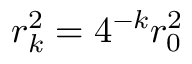
r _ { k } ^ { 2 } = 4 ^ { - k } r _ { 0 } ^ { 2 }